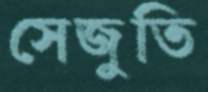
সেজুতি